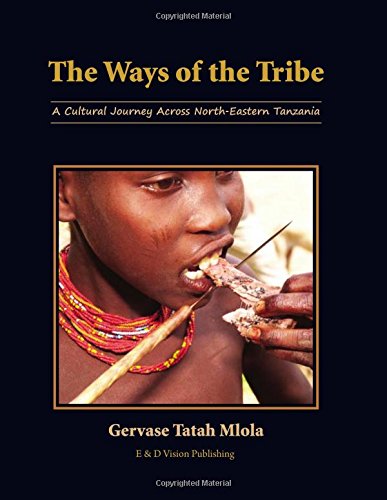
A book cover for The Ways of the Tribe: A Cultural Journey Across North - Eastern Tanzania; Gervase Tatah Mlola; Travel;